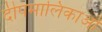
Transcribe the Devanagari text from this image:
दीपमालिकाओं